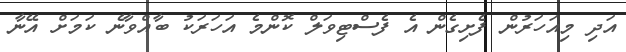
އަދި މިއަހަރުން ފެށިގެން އެ ފެސްޓިވަލް ކޮންމެ އަހަރަކު ބާއްވާނެ ކަމަށް އޭނާ